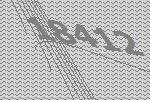
18412